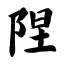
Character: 陧